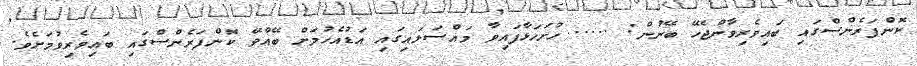
ކޮންފަރެންސްގައި ބައިވެރިވާންޖެހޭ ބޭނުން: ..... ހުށަހަޅާފައިވާ މައްސަލައިގައި އަޑުއެހުމަށް ބޭއްވޭ ކޮންފަރެންސްގައި ބައިވެރިވުމަށެވެ.